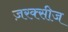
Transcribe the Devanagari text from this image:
ज़रक्सीज